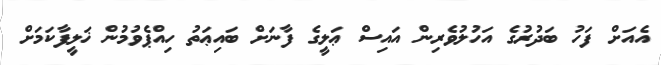
އެއަށް ފަހު ބަދުރުގެ އަހުލުވެރިން އައިސް ޢަލީގެ ފާނަށް ބައިޢަތު ހިއްޕެވުމުން ޚަލީފާކަމަށް